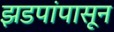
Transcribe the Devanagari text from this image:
झडपांपासून